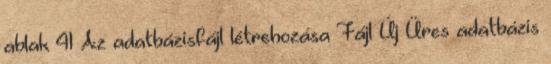
ablak 41 Az adatbázisfájl létrehozása Fájl Új Üres adatbázis